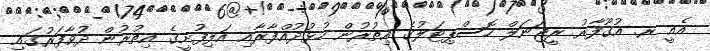
އެއީ ރ. އުގޫފާރު ރީޖަނަލް ހޮސްޕިޓަލުގެ އިތުރުން ހުޅުދުއްފާރާއި އަލިފުށީގެ އިތުރުން ދުވާފަރުގައި